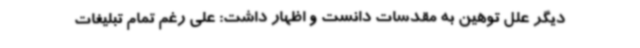
دیگر علل توهین به مقدسات دانست و اظهار داشت: علی رغم تمام تبلیغات